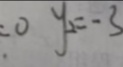
y _ { 1 } = 0 y _ { 2 } = - 3